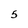
Character: 5